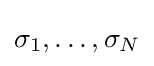
\sigma _{1},\ldots ,\sigma _{N}